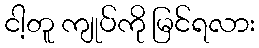
ငါ့တူ ကျုပ်ကို မြင်ရလား